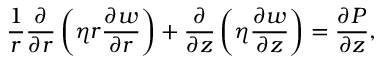
\frac { 1 } { r } \frac { \partial } { \partial r } \left( \eta r \frac { \partial w } { \partial r } \right) + \frac { \partial } { \partial z } \left( \eta \frac { \partial w } { \partial z } \right) = \frac { \partial P } { \partial z } ,